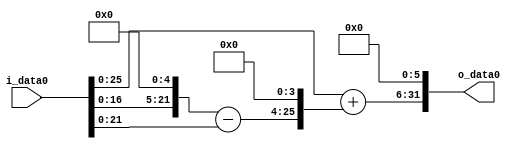
module multiplier_block (
    i_data0,
    o_data0
);

  // Port mode declarations:
  input   [31:0] i_data0;
  output  [31:0]
    o_data0;

  //Multipliers:

  wire [31:0]
    w1,
    w32,
    w31,
    w496,
    w497,
    w31808;

  assign w1 = i_data0;
  assign w31 = w32 - w1;
  assign w31808 = w497 << 6;
  assign w32 = w1 << 5;
  assign w496 = w31 << 4;
  assign w497 = w1 + w496;

  assign o_data0 = w31808;

  //multiplier_block area estimate = 2757.58561077206;
endmodule